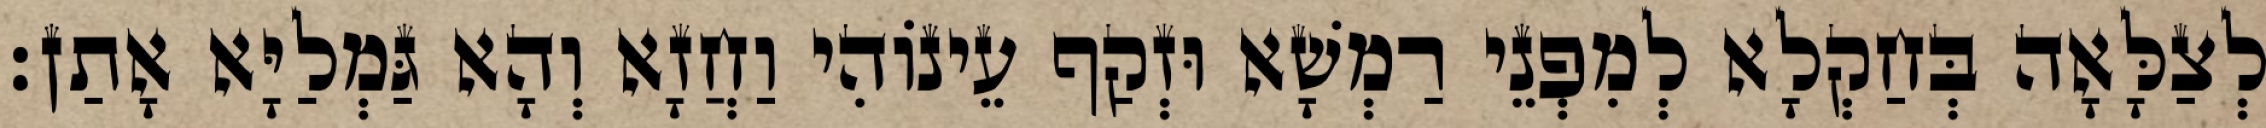
לְצַלָּאָה בְּחַקְלָא לְמִפְנֵי רַמְשָׁא וּזְקַף עֵינוֹהִי וַחֲזָא וְהָא גַּמְלַיָּא אָתַן׃